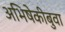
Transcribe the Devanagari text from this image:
अभिषेकीबुवा